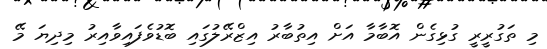
މި ތަގުރީރީ ގުޅިގެން އޮބާމާ އަށް އިތުބާރު އިޒްރޭލުގައި ބޮޑުވެފައިވާއިރު މިދިޔަ މޭ